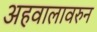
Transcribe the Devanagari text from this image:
अहवालावरुन